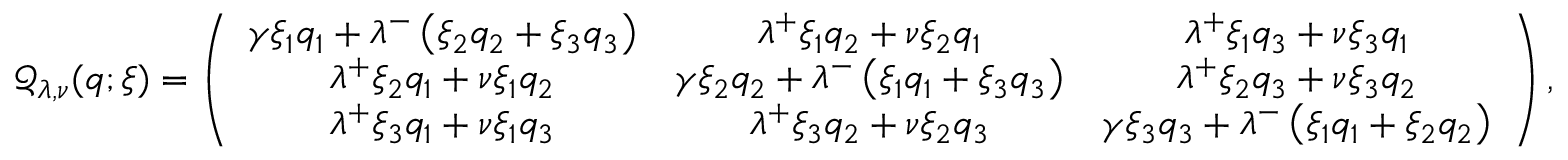
\mathcal { Q } _ { \lambda , \nu } ( q ; \xi ) = \left( \begin{array} { c c c } { \gamma \xi _ { 1 } q _ { 1 } + \lambda ^ { - } \left( \xi _ { 2 } q _ { 2 } + \xi _ { 3 } q _ { 3 } \right) } & { \lambda ^ { + } \xi _ { 1 } q _ { 2 } + \nu \xi _ { 2 } q _ { 1 } } & { \lambda ^ { + } \xi _ { 1 } q _ { 3 } + \nu \xi _ { 3 } q _ { 1 } } \\ { \lambda ^ { + } \xi _ { 2 } q _ { 1 } + \nu \xi _ { 1 } q _ { 2 } } & { \gamma \xi _ { 2 } q _ { 2 } + \lambda ^ { - } \left( \xi _ { 1 } q _ { 1 } + \xi _ { 3 } q _ { 3 } \right) } & { \lambda ^ { + } \xi _ { 2 } q _ { 3 } + \nu \xi _ { 3 } q _ { 2 } } \\ { \lambda ^ { + } \xi _ { 3 } q _ { 1 } + \nu \xi _ { 1 } q _ { 3 } } & { \lambda ^ { + } \xi _ { 3 } q _ { 2 } + \nu \xi _ { 2 } q _ { 3 } } & { \gamma \xi _ { 3 } q _ { 3 } + \lambda ^ { - } \left( \xi _ { 1 } q _ { 1 } + \xi _ { 2 } q _ { 2 } \right) } \end{array} \right) ,